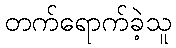
တက်ရောက်ခဲ့သူ